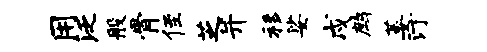
用泛般骨侄芝并移娑戍鹧萎汀